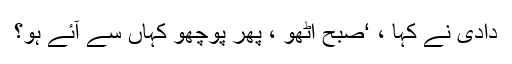
دادی نے کہا ، ‘صبح اٹھو ، پھر پوچھو کہاں سے آئے ہو؟